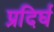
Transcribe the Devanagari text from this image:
प्रदिर्घ